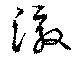
澈